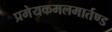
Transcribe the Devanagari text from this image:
प्रमेयकमलमार्तण्ड